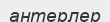
антерлер